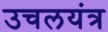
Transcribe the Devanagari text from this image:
उचलयंत्र